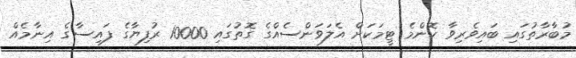
މުބާރާތުގައި ބައިވެރިވާ ކޮންމެ ޓީމަކަށް އެލަވަންސެއްގެ ގޮތުގައި 10000 ރުފިޔާގެ ފައިސާގެ އިނާމެއް